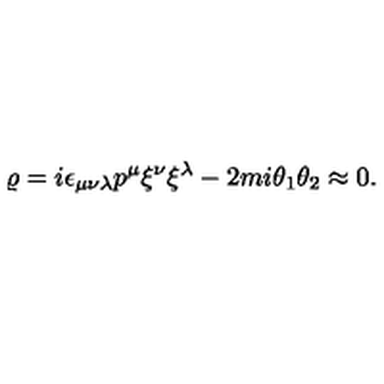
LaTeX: \varrho = i \epsilon _ { \mu \nu \lambda } p ^ { \mu } \xi ^ { \nu } \xi ^ { \lambda } - 2 m i \theta _ { 1 } \theta _ { 2 } \approx 0 .